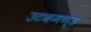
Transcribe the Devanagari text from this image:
उटकमण्ड